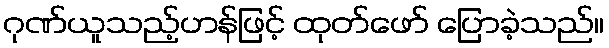
ဂုဏ်ယူသည့်ဟန်ဖြင့် ထုတ်ဖော် ပြောခဲ့သည်။